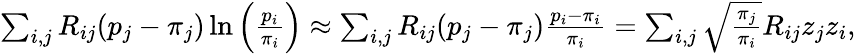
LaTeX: \begin{array}{r}{\sum_{i,j}R_{ij}(p_{j}-\pi_{j})\ln\left(\frac{p_{i}}{\pi_{i}}\right)\approx\sum_{i,j}R_{ij}(p_{j}-\pi_{j})\frac{p_{i}-\pi_{i}}{\pi_{i}}=\sum_{i,j}\sqrt{\frac{\pi_{j}}{\pi_{i}}}R_{ij}z_{j}z_{i},}\end{array}